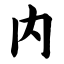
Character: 内